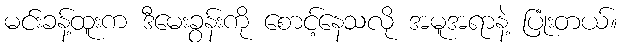
မင်းခန့်ထူးက ဒီမေးခွန်းကို စောင့်နေသလို အမူအရာနဲ့ ပြုံးတယ်။